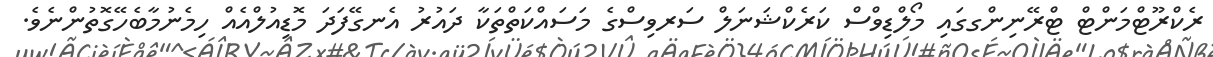
ރެކްރޫޓްމަންޓް ޓްރޭނިންގގައި މޯލްޑިވްސް ކަރެކްޝަނަލް ސަރވިސްގެ މަސައްކަތްތަކާ ދައުރު އެނގޭފަދަ މޮޑިއުލްއެއް ހިމެނުމާބެހޭގޮތުންނެވެ.